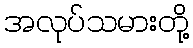
အလုပ်သမားတို့